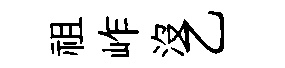
祖岞沒乙